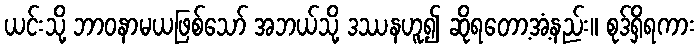
ယင်းသို့ ဘာဝနာမယဖြစ်သော် အဘယ်သို့ ဒဿနဟူ၍ ဆိုရတော့အံ့နည်း။ စုဒ်ရှိရကား